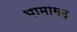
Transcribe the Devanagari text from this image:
भामागढ़